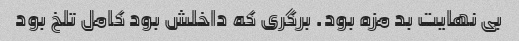
بی نهایت بد مزه بود. برگری که داخلش بود کامل تلخ بود